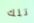
تلك